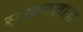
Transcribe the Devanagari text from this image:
सुखनखाता